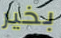
بخير